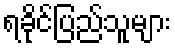
ရခိုင်ပြည်သူများ